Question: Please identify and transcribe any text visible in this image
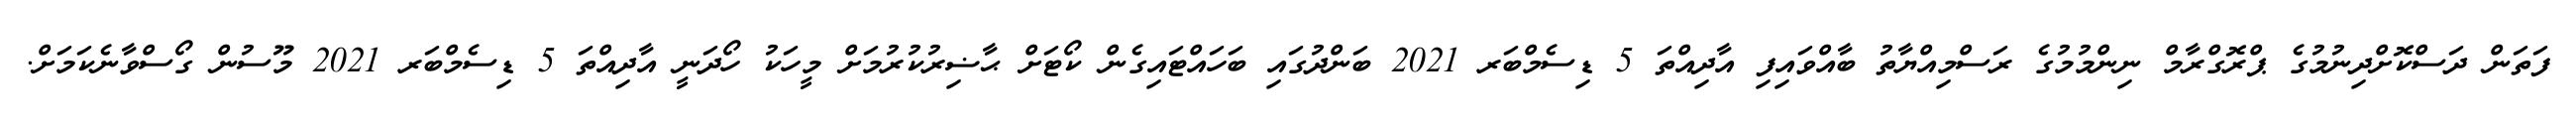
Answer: ފަތަން ދަސްކޮށްދިނުމުގެ ޕްރޮގްރާމް ނިންމުމުގެ ރަސްމިއްޔާތު ބާއްވައިފި އާދިއްތަ 5 ޑިސެމްބަރ 2021 ބަންދުގައި ބަހައްޓައިގެން ކޯޓަށް ޙާޟިރުކުރުމަށް މީހަކު ހޯދަނީ އާދިއްތަ 5 ޑިސެމްބަރ 2021 މޫސުން ގޯސްވާނެކަމަށް.